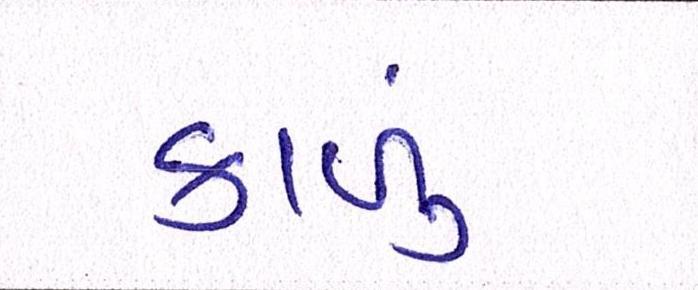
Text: કાળું